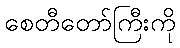
စေတီတော်ကြီးကို